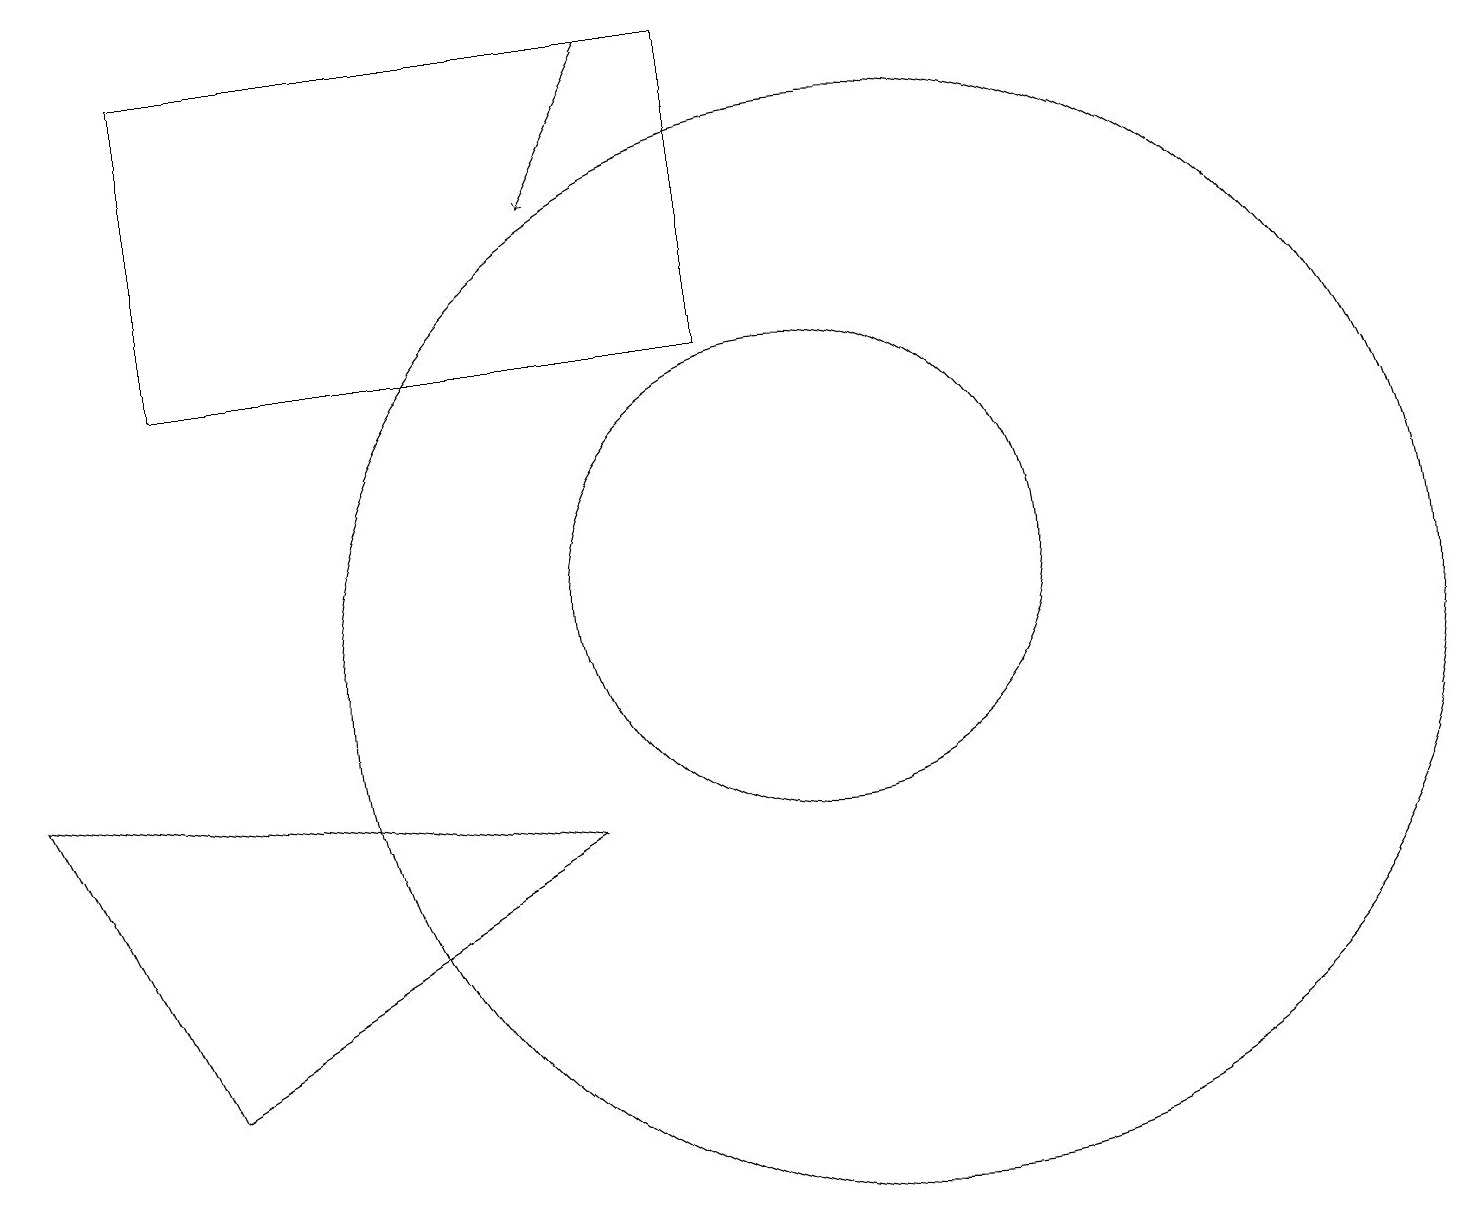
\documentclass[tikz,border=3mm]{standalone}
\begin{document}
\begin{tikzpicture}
\draw (7,8) -- (0,9) -- (2,5) -- cycle;
\draw (11,10) circle (7);
\draw[->] (8,18) -- (7,16);
\draw (10,11) circle (3);
\draw (9,18) rectangle (2,14);
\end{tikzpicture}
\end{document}